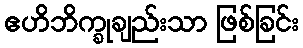
ဧဟိဘိက္ခုချည်းသာ ဖြစ်ခြင်း